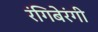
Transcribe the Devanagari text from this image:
रंगिबेरंगी